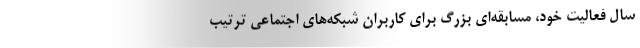
سال فعالیت خود، مسابقه‌ای بزرگ برای کاربران شبکه‌های اجتماعی ترتیب